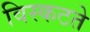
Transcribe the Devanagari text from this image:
विस्कटते